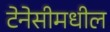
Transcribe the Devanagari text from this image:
टेनेसीमधील